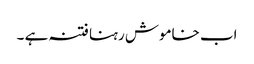
اب خاموش رہنا فتنہ ہے ۔